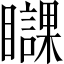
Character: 𥌥